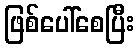
ဖြစ်ပေါ်စေပြီး